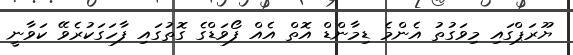
ޔޫރަޕްގައި މިވަގުތު އެންމެ ޑިމާންޑް އޮތް އެއް ފޯވަޑްގެ ގޮތުގައި ފާހަގަކުރެވޭ ކަވާނީ